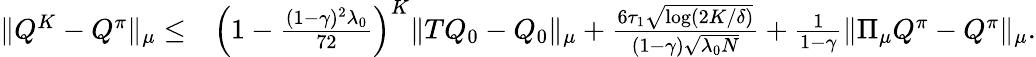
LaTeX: \begin{array}{rl}{\| Q^{K}-Q^{\pi}\| _{\mu}\leq}&{\left(1-\frac{(1-\gamma)^{2}\lambda_{0}}{72}\right)^{K}\| TQ_{0}-Q_{0}\| _{\mu}+\frac{6\tau_{1}\sqrt{\log(2K/\delta)}}{(1-\gamma)\sqrt{\lambda_{0}N}}+\frac{1}{1-\gamma}\| \Pi_{\mu}Q^{\pi}-Q^{\pi}\| _{\mu}.}\end{array}